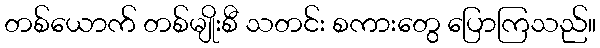
တစ်ယောက် တစ်မျိုးစီ သတင်း စကားတွေ ပြောကြသည်။